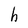
Character: h